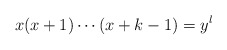
\begin{align*}x(x+1)\cdots(x+k-1)=y^l\end{align*}